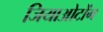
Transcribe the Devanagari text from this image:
जियाओटोंग